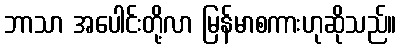
ဘာသာ အပေါင်းတို့လာ မြန်မာစကားဟုဆိုသည်။